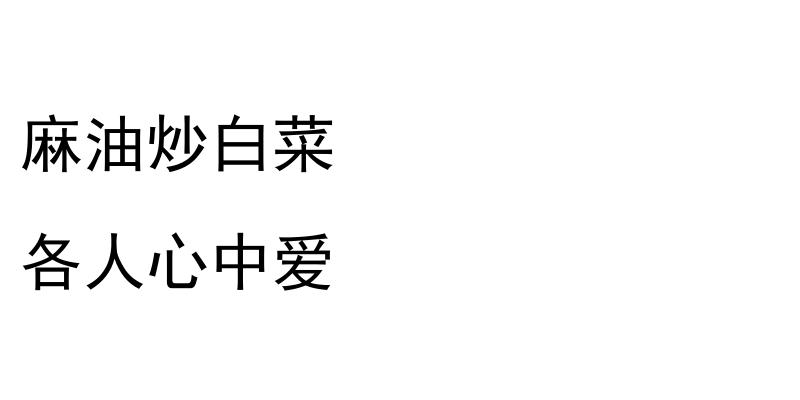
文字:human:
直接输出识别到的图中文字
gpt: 麻油炒白菜 各人心中爱